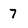
Character: 7